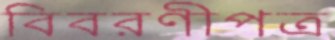
বিবরণীপত্র